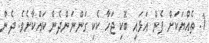
1. ތެއްޔަކަށް ފެން އަޅައި ބޮކި ޖަހާ ކެކި ގަންނަންދެން ކައްކާށެވެ. ދެން